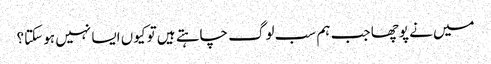
میں نے پوچھا جب ہم سب لوگ چاہتے ہیں تو کیوں ایسا نہیں ہو سکتا؟